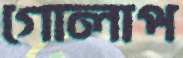
গোলাপ